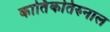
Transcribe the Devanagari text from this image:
कार्तिकतिरुनाल